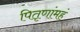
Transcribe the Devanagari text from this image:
पितृणांमहं